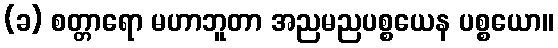
(ခ) စတ္တာရော မဟာဘူတာ အညမညပစ္စယေန ပစ္စယော။